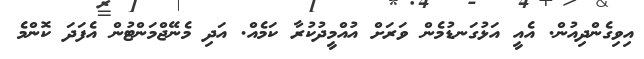
އިވިގެންދިއުން. އެއީ އަޅުގަނޑުމެން ވަރަށް އުއްމީދުކުރާ ކަމެއް. އަދި މެނޭޖްމަންޓުން އެފަދަ ކޮންމެ